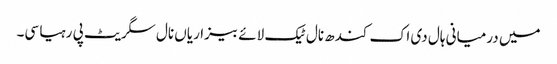
میں درمیانی ہال دی اک کندھ نال ٹیک لائے بیزاریاں نال سگریٹ پی رہیا سی۔